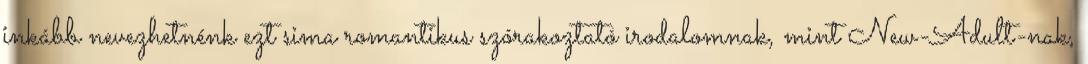
inkább nevezhetnénk ezt sima romantikus szórakoztató irodalomnak, mint New-Adult-nak,